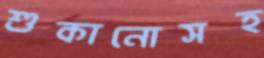
শুকানোসহ